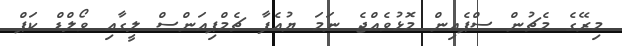
މިރޭގެ މެޗުން ސްޕެއިން މޮޅުވެއްޖެ ނަމަ ޔުއެފާ ޗެމްޕިއަންސް ލީގާއި ވޯލްޑް ކަޕް